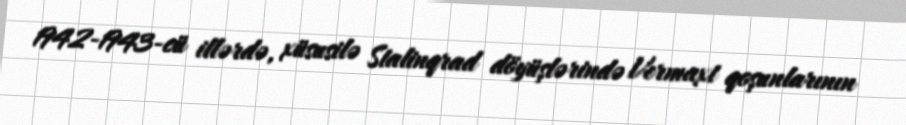
1942-1943-cü illərdə, xüsusilə Stalinqrad döyüşlərində Vermaxt qoşunlarının